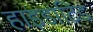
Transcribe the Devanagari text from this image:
हाइडाटिड